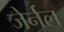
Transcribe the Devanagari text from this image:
जेर्नल